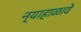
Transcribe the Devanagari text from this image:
न्याहाळावे